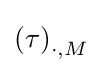
\left(\tau \right)_{\cdot ,M}